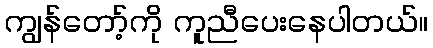
ကျွန်တော့်ကို ကူညီပေးနေပါတယ်။